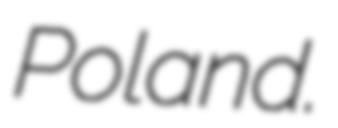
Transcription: Poland.